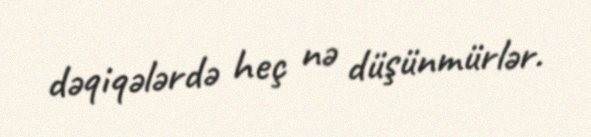
dəqiqələrdə heç nə düşünmürlər.